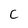
Character: c